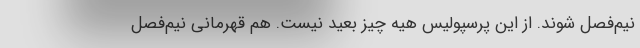
نیم‌فصل ‌شوند. از این پرسپولیس هیه چیز بعید نیست. هم قهرمانی نیم‌فصل